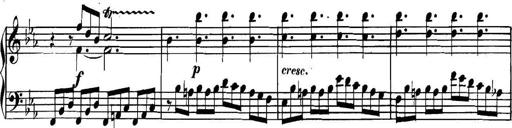
Title: Collected Piano Sonatas
Composer: Muzio Clementi